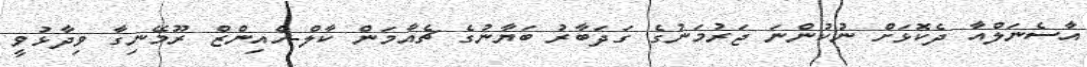
އާސެނަލްއާ ދެކޮޅަށް ނުކުންނަ ޖަރުމަނުގެ ގަދަބާރު ބަޔާނުގެ ޗެއާމަން ކާލް-ހެއިންޒް ރޫމޭނިގާ ވިދާޅުވީ